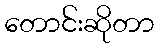
တောင်းဆိုတာ